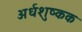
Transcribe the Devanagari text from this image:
अर्धशुष्कक